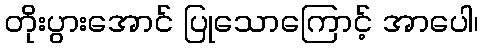
တိုးပွားအောင် ပြုသောကြောင့် အာပေါ၊